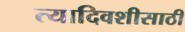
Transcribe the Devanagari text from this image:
त्यादिवशीसाठी